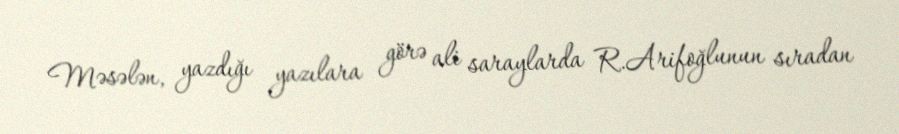
Məsələn, yazdığı yazılara görə ali saraylarda R.Arifoğlunun sıradan